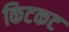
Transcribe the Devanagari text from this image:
किटकट